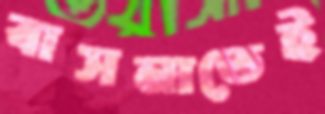
বাসনাতেই